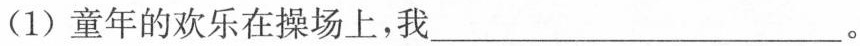
(1)童年的欢乐在操场上，我 ___。